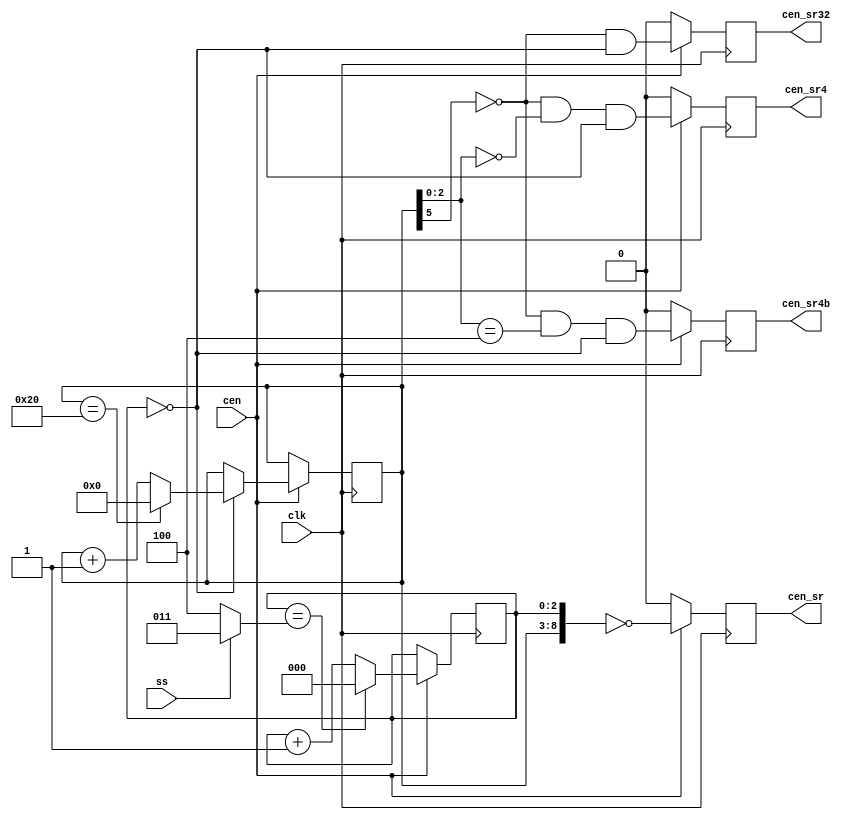
/*  This file is part of JT6295.
    JT6295 program is free software: you can redistribute it and/or modify
    it under the terms of the GNU General Public License as published by
    the Free Software Foundation, either version 3 of the License, or
    (at your option) any later version.

    JT6295 program is distributed in the hope that it will be useful,
    but WITHOUT ANY WARRANTY; without even the implied warranty of
    MERCHANTABILITY or FITNESS FOR A PARTICULAR PURPOSE.  See the
    GNU General Public License for more details.

    You should have received a copy of the GNU General Public License
    along with JT6295.  If not, see <http://www.gnu.org/licenses/>.

    Author: Jose Tejada Gomez. Twitter: @topapate
    Version: 1.0
    Date: 6-1-2020 */

// SS low  = divides by 164 (25.6 and 6.5kHz)
// SS high = divides by 132 (32   and 8  kHz)

module jt6295_timing(
    input       clk,
    input       cen,
    input       ss,
    output reg  cen_sr,   // Sample rate
    output reg  cen_sr4,  // 4x sample rate
    output reg  cen_sr4b, // 4x sample rate, 180 shift
    output reg  cen_sr32
);

reg  [2:0] base=0;
reg  [5:0] cnt =6'd0;
wire [2:0] lim = ss ? 3'h3 : 3'h4;


always @(posedge clk) begin
    cen_sr4 <= 1'd0;
    cen_sr4b<= 1'd0;
    cen_sr  <= 1'd0;
    cen_sr32<= 1'b0;
    if( cen ) begin
        base    <= (base==lim) ? 3'd0 : base+3'd1;
        if(base==3'd0) cnt <= (cnt==6'd32) ? 6'd0 : cnt+6'd1;

        cen_sr32<= !cnt[5] && base==3'd0;
        cen_sr4 <= !cnt[5] && cnt[2:0] == 3'b000 && base == 3'd0;
        cen_sr4b<= !cnt[5] && cnt[2:0] == 3'b100 && base == 3'd0;
        cen_sr  <= {cnt,base} == 9'd0;
    end
end

endmodule